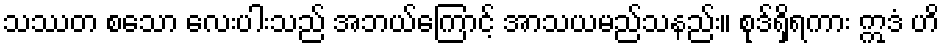
သဿတ စသော လေးပါးသည် အဘယ်ကြောင့် အာသယမည်သနည်း။ စုဒ်ရှိရကား ဣဒံ ဟိ